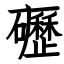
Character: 礰